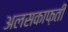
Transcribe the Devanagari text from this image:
अलसकाफ़ती